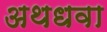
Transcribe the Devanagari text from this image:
अथधवा